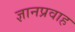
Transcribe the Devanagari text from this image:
ज्ञानप्रवाह